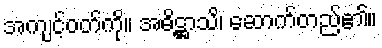
အကျင့်ဝတ်ကို။ အဓိဋ္ဌာသိ၊ ဆောက်တည်၏။